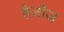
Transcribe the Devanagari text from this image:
हेजौज